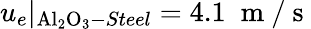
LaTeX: u_{e}|_{\mathrm{Al_{2}O_{3}}-Steel}=4.1\; \mathrm{~m~/~s~}